Vaccination report Assam 1896-1927 - 1896-1927
Year: 1896
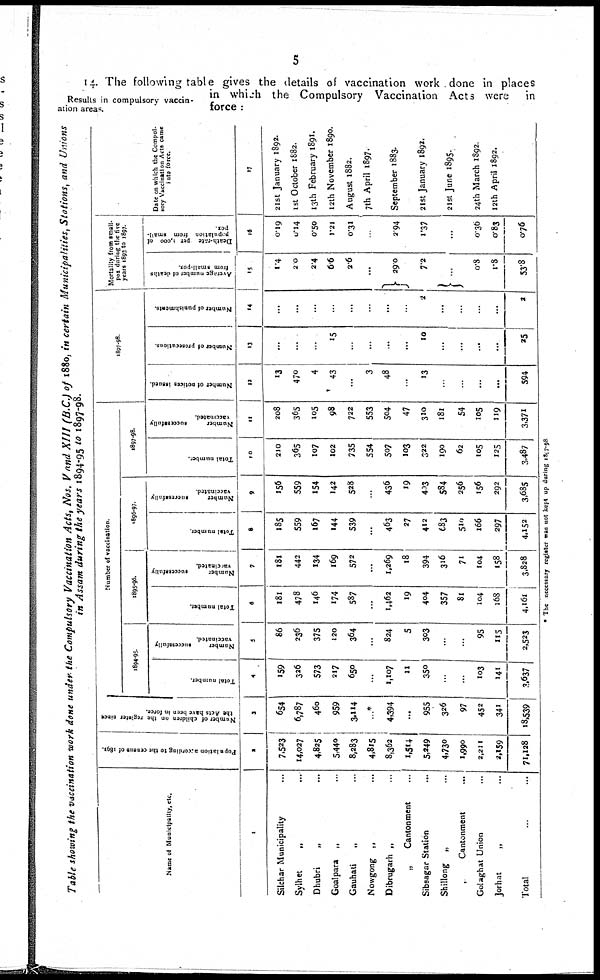
5
Results in compulsory vaccin-
ation areas.
14. The following table gives the details of vaccination work done in places
in which the Compulsory Vaccination Acts were in
force :
Table showing the vaccination work done under the Compulsory Vaccination Acts, Nos. V and XIII (B.C.) of 1880, in certain Municipalities, Stations, and Unions
in Assam during the years 1894-95 to 1897-98.
Name of Municipality, etc.
1
Silchar Municipality ...
Sylhet „ ...
Dhubri
„ ...
Goalpara „ ...
Gauhati
„ ...
Nowgong „ ...
Dibrugarh „ ...
„
Cantonment ...
Sibsagar Station ...
Shillong „ ...
„
Cantonment ...
Golaghat Union ...
Jorhat
„ ...
Total ... ...
Population according to the census of 1891.
2
7,523
14,027
4,825
5,440
8,283
4,815
8,362
1,514
5,249
4,730
1,990
2,211
2,159
71,128
Number of children on the register since
the Acts have been in force.
3
654
6,787
460
959
3,114
*
4,394
...
955
326
97
452
341
18,539
Number of vaccination.
1894-95
Total number.
4
159
326
573
217
650
...
1,107
11
350
...
...
103
141
3,637
Number
successfully
vaccinated.
5
86
236
375
120
364
...
824
5
303
...
...
95
115
2,523
1895-96.
Total number.
6
181
478
146
174
587
...
1,462
19
404
357
81
104
168
4,161
Number
successfully
vaccinated.
7
181
442
134
169
572
...
1,269
18
394
316
71
104
158
3,828
1896-97.
Total number
8
185
559
167
144
539
...
463
27
412
683
510
166
297
4,152
Number
successfully
vaccinated.
9
156
559
154
142
528
...
436
19
403
584
256
156
292
3,685
1897-98.
Total number.
10
210
365
107
102
735
554
507
103
322
190
62
105
125
3,487
Number
successfully
vaccinated.
11
208
365
105
98
722
553
504
47
310
181
54
105
119
3,371
1897-98
Number of notices issued.
12
13
470
4
43
...
3
48
...
13
...
...
...
...
594
Number of prosecutions.
13
...
...
...
15
...
...
...
...
10
...
...
...
...
25
Number of punishments.
14
...
...
...
...
...
...
...
...
2
...
...
...
...
2
Mortality from small-
pox during the five
years 1893 to 1897.
Average number of deaths
from small-pox.
15
1.4
2.0
2.4
6.6
2.6
...
29.0
7.2
...
0.8
1.8
53.8
Death-rate per 1,000 of
population from small-
pox.
16
0.19
0.14
0.50
1.21
0.31
...
2.94
1.37
...
0.36
0.83
0.76
Date on which the Compul-
sory Vaccination Acts came
into force.
17
21st January 1892.
1st October 1882.
13th February 1891.
12th November 1890.
August 1882.
7th April 1897.
September 1883.
21 st January 1892.
21st June 1895.
24th March 1892.
12th April 1892.
* The necessary register was not kept up during 1897-98